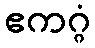
ဧကဂ္ဂံ